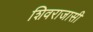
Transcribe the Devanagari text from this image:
शिवराजासी